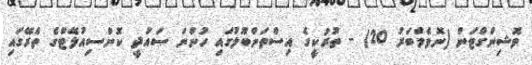
ވޮޝިންގްޓަން (ނޮވެމްބަރު 20) - ތުރުކީގެ އިސްތަންބޫލުގައި ހުންނަ ސައުދީ ކޮންސިއުލޭޓްގެ ތެރޭގައި